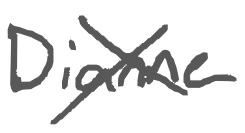
Text: Dianne
Cross-out: cross
Writing tool: digital_gray